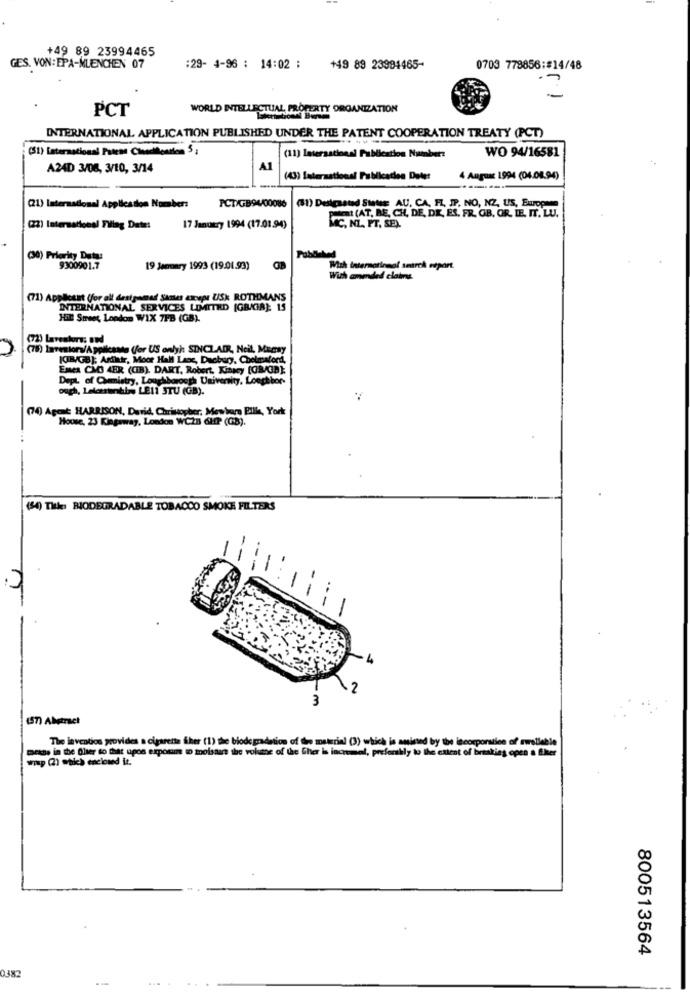
+49 89 23994465
GES. VON: EPA-MUENCHEN 07
:29- 4-96 : 14:02 :
+49 89 23994465-
0703 778856:#14/48
PCT
WORLD INTELLECTUAL PROPERTY ORGANIZATION
INTERNATIONAL APPLICATION PUBLISHED UNDER THE PATENT COOPERATION TREATY (PCT)
WO 94/16581
(11) International Publication Number:
A24D 3/08, 3/10, 3/14
A1
(43) laterastional Publication Delet
4 August 1994 (04.08.94)
(51) Desigasnd StNE AU, CA, FL PP. NO, NZ, US, European
(21) International Application Number:
PCT/GB94/00086
parat (AT, BE, CH, DE, DK, ES, FR. GB, OR. LE, IT. LU.
(22) International Flag Date:
17 January 1994 (17.01.94)
MC. NL. PT. SE).
(30) Priority Date:
9300901.7
19 January 1993 (19.01.93)
GB
Wch International search edpart.
With amended clairs.
(71) Applesat (for all designad Santes except USK ROTHMANS
INTERNATIONAL SERVICES LIMITED [GBIR]: 15
Hil Street, London WIX 7FB (GB).
(72) Lavestore: BWd
(78) Investors/Applicants (for US onlyh SINCLAIR, Neil, Maasy
ICIB/GB]; Arditir, Moor Hall Laos, Ducbury, Chelmsford,
Enea CMOS 4ER (CIB), DART, Robert, Kinacy [GB/GB]:
Dept. of Chemistry, Loughborough University, Longtbor
ough, Letomanthis LE11 3TU (GB).
(74) Agent HARRISON, David, Christopher. Mewbom Bill, York
House, 23 Kingsway, London WC28 6HP (GB).
(54) Title: BIODEGRADABLE TOBACCO SMOKE FILTERS
11
-4
-m
(57) Abstract
The inventios provides a cigarette ther (1) the biodegradation of the material (3) which is amisted by the incorporation of zwolleble
mesas in the Olier so that upos exposi @ toolsare the volume of the Gher is incremal, preferably to the extent of breaking open a fiker
woup (2) which enciound it.
800513564